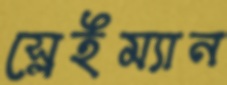
স্লেইম্যান